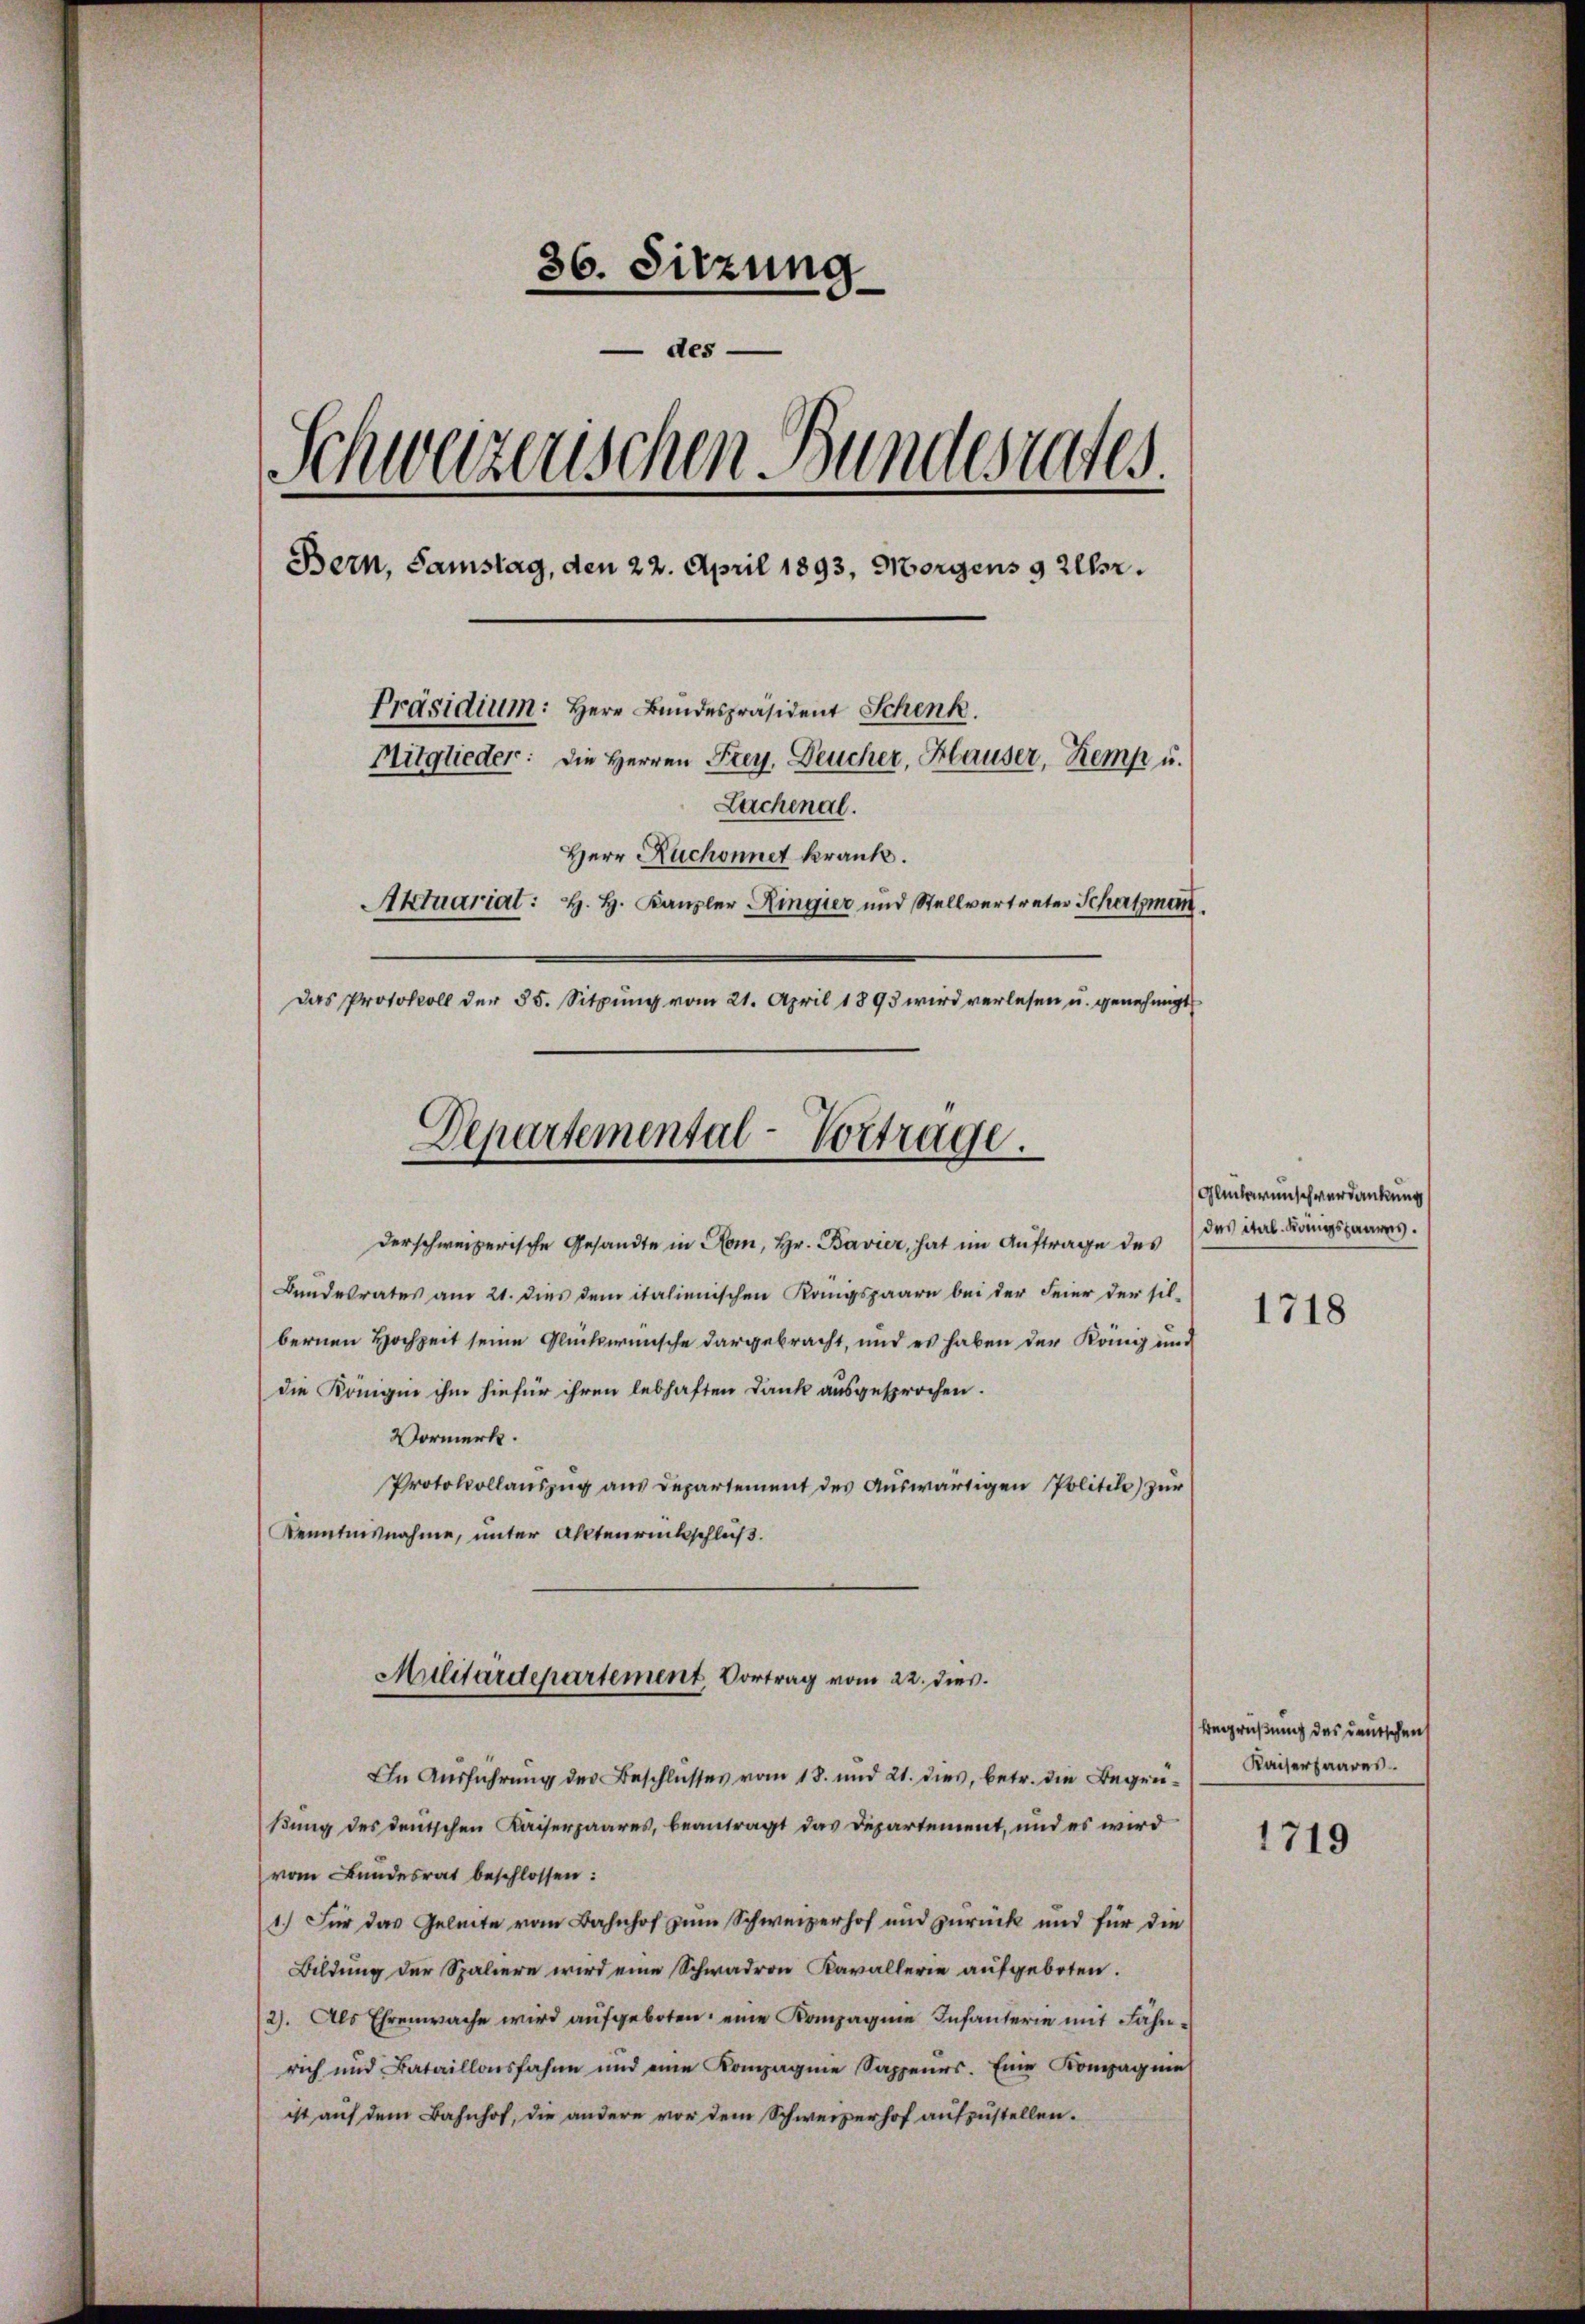
36. Sitzung
 des
Schweizerischen Bundesrates
Bern, Samstag, den 22. April 1893, Morgens 9 Uhr.
Präsidium: Herr Bundespräsident Schenk
Mitglieder: Die Herren Frey, Deucher, Hauser, Kemp u.
Lachenal.
Herr Ruchonnet krank.
Aktuariat: H. H. Kanzler Ringier und Stellvertreter Schatzmann
Das Protokoll der 85. Sitzŭng vom 21. April 1893 wird verlesen u. genehmigt

der schweizerische Gesandte in Rom, Hr. Bavier, hat im Auftrage des
Bundesrates am 21. dies dem italienischen Kangspaare bei der Feier der sil-
bernen Hochzeit seine Glückwünsche dargebracht, und es haben der König und
die Königii ihm hiefür ihren lebhaften Dank ausgesprochen.
Vormerk.
Protokollaŭszŭg ans Departement des Aŭswärtigen Politile) zur
Kenntnisnahme, unter Altenrückschluß.

Departemental-Vortrage.

Militärdepartement Vortrag vom 22. dies

In Ausführung der Beschlusses vom 18. und 21. dies, betr. die Begrüßung des deutschen Kaiserpaares, beantragt das Departement, und es wird
vom Bundesrat beschlossen:
1.) Für das Geleite vom Bahnhof zum Schweizerhof und zurück und für die
Bildung der Spaliere wird eine Schwadron Kavallerie aufgeboten.
12). Als Ehrenwache wird aufgeboten, eine Kompagnie Infanterie mit Fähnrich und Bataillonsfahne und eine Kompagnie Sappenes. Eine Kompagnie
ist auf dem Bahnhof, die andere vor dem Schweizerhof aufzustellen.

Glückwünsch verdankung
das iterl. Rangsares.

1718

Begrüßung des deutschen
Kaiserpaares

1719